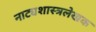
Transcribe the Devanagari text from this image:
नाट्यशास्त्रलेखक